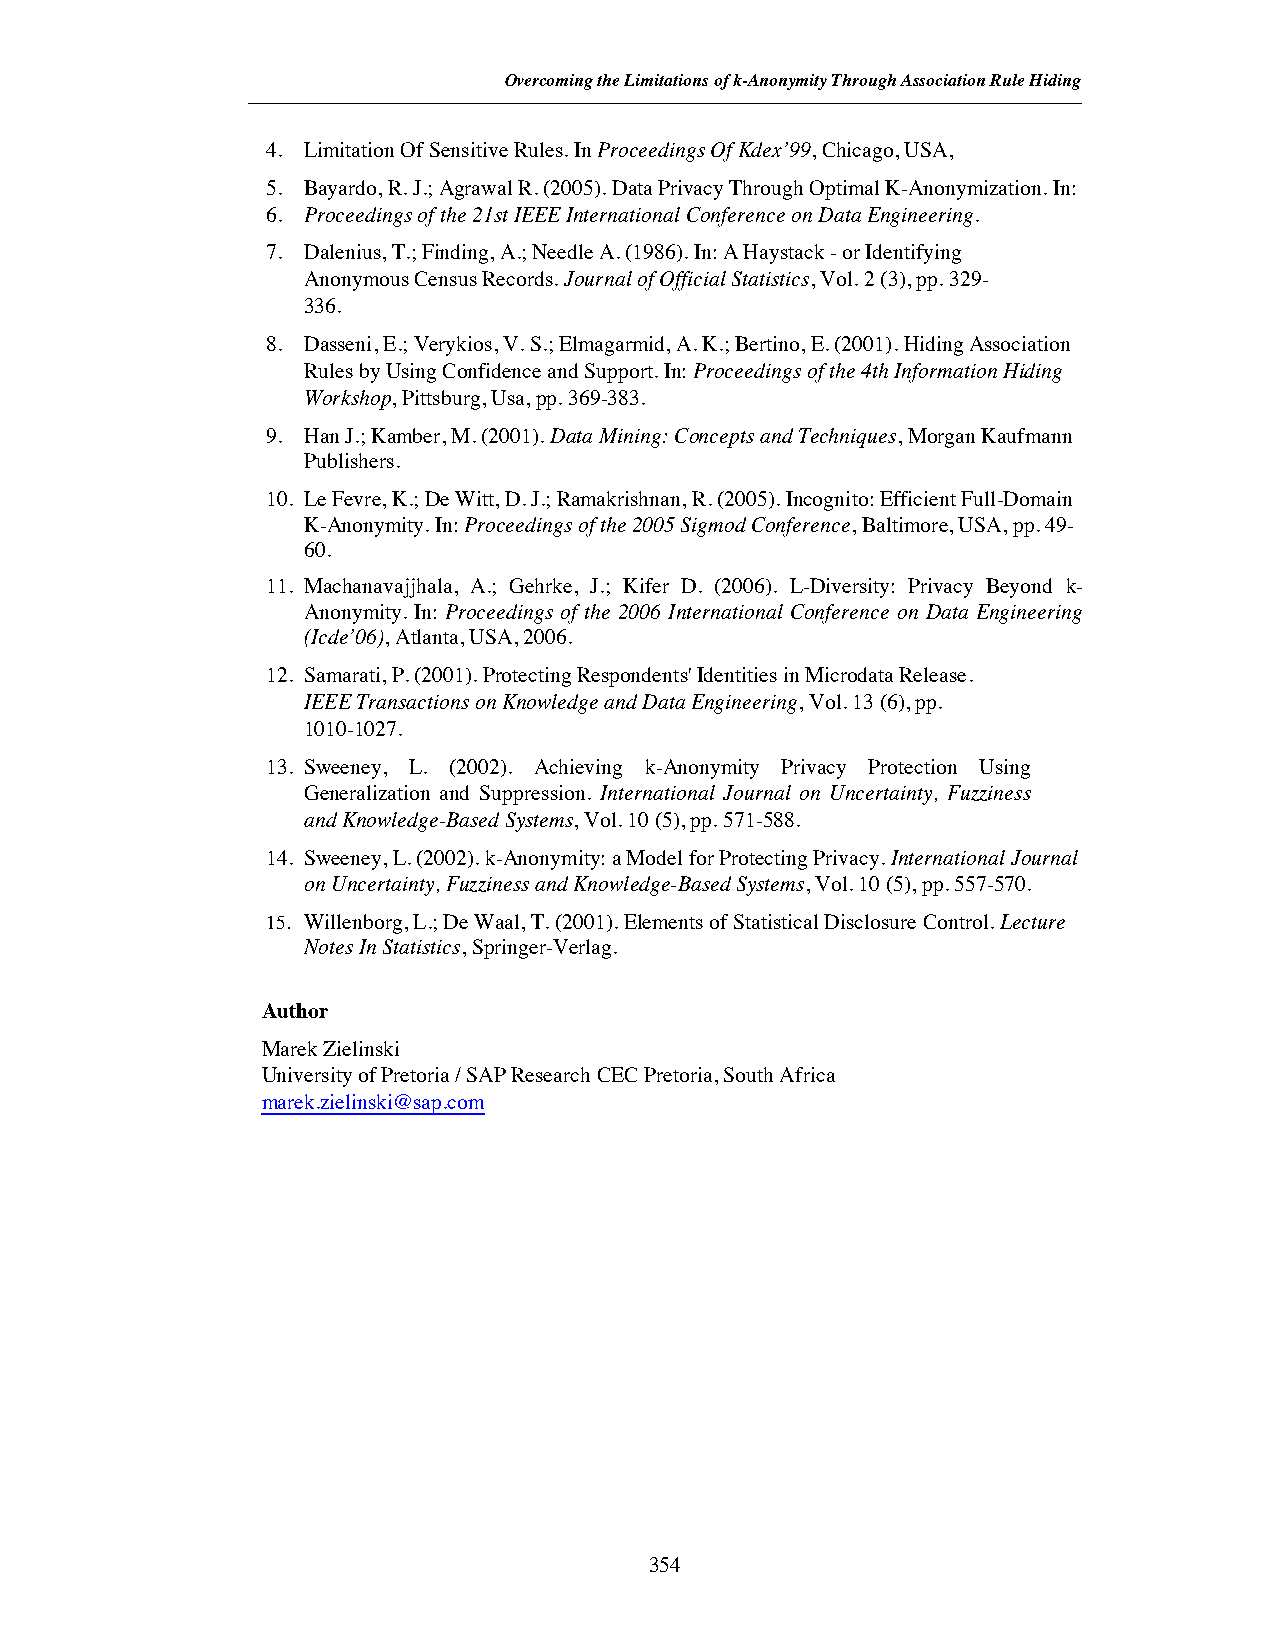
Overcoming the Limitations of k-Anonymity Through Association Rule Hiding
 4. Limitation OfSensitiveRules. InProceedings OfKdex’99, Chicago, USA,
 5. Bayardo, R. J.; Agrawal R. (2005). Data Privacy Through Optimal K-Anonymization. In:
 6. Proceedings of the21stIEEE InternationalConference onDataEngineering.
 7. Dalenius, T.; Finding, A.; Needle A. (1986).In: A Haystack- or Identifying
 Anonymous Census Records.Journal ofOfficialStatistics, Vol. 2 (3), pp. 329-
 336.
 8. Dasseni, E.; Verykios, V. S.; Elmagarmid, A. K.; Bertino,E. (2001).HidingAssociation
 Rules byUsingConfidence andSupport. In:Proceedings of the4thInformationHiding
 Workshop, Pittsburg, Usa,pp.369-383.
 9. HanJ.; Kamber,M. (2001).DataMining: Concepts andTechniques, MorganKaufmann
 Publishers.
 10. LeFevre, K.; DeWitt, D. J.; Ramakrishnan,R. (2005). Incognito:Efficient Full-Domain
 K-Anonymity. In:Proceedings of the2005 SigmodConference, Baltimore, USA, pp. 49-
 60.
 11. Machanavajjhala, A.; Gehrke, J.; Kifer D. (2006). L-Diversity: Privacy Beyond k-
 Anonymity. In: Proceedings of the 2006 International Conference on Data Engineering
 (Icde’06), Atlanta, USA, 2006.
 12. Samarati,P. (2001). Protecting Respondents'Identities in Microdata Release.
 IEEE Transactions onKnowledge andDataEngineering, Vol. 13 (6), pp.
 1010-1027.
 13. Sweeney, L. (2002). Achieving k-Anonymity Privacy Protection Using
 Generalization and Suppression. International Journal on Uncertainty, Fuzziness
 andKnowledge-BasedSystems, Vol. 10 (5), pp. 571-588.
 14. Sweeney,L. (2002). k-Anonymity: a Model for Protecting Privacy.InternationalJournal
 onUncertainty, Fuzziness andKnowledge-BasedSystems, Vol. 10 (5), pp. 557-570.
 15. Willenborg, L.; DeWaal,T. (2001).Elements ofStatisticalDisclosureControl.Lecture
 Notes InStatistics, Springer-Verlag.
 Author
 Marek Zielinski
 University of Pretoria / SAP Research CEC Pretoria, South Africa
 marek.zielinski@sap.com
 354